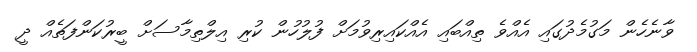
ވާނެހެން މަގުމެދުގައި އެއްވެ ތިއްބައި އެއްކައިރިވުމަށް ފުލުހުން ކުރި އިލްތިމާސަށް ބީރުކަންފަތެއް ދީ